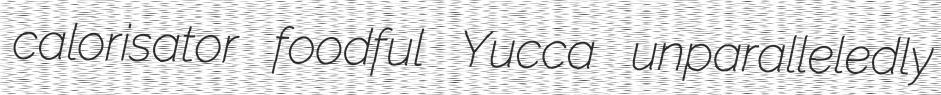
calorisator foodful Yucca unparalleledly